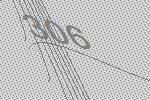
306